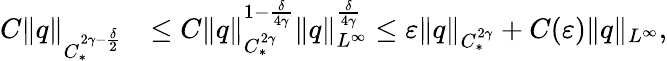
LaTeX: \begin{array}{rl}{C\| q\| _{C_{*}^{2\gamma-\frac{\delta}{2}}}}&{\leq C\| q\| _{C_{*}^{2\gamma}}^{1-\frac{\delta}{4\gamma}}\| q\| _{L^{\infty}}^{\frac{\delta}{4\gamma}}\leq\varepsilon\| q\| _{C_{*}^{2\gamma}}+C(\varepsilon)\| q\| _{L^{\infty}},}\end{array}